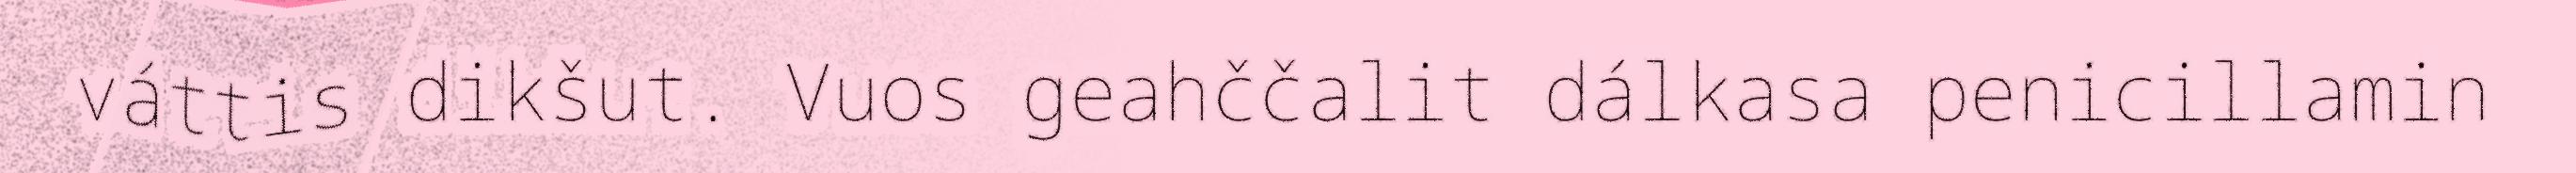
váttis dikšut. Vuos geahččalit dálkasa penicillamin